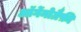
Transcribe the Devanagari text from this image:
ऑर्गेनोग्रैफ़ी